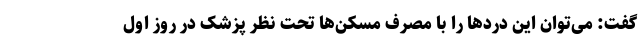
گفت: می‌توان این دردها را با مصرف مسکن‌ها تحت نظر پزشک در روز اول